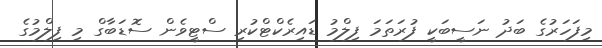
މިފަހަރުގެ ބަދު ނަސީބަކީ ފުރަތަމަ ފިލްމު ޑައިރެކްޓްކުރި ސްޓީވެން ސޮޑަބާގް މި ފިލްމުގެ